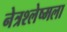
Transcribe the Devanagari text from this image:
नेत्रश्‍लेष्मला